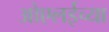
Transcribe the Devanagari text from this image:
ओएलईच्या